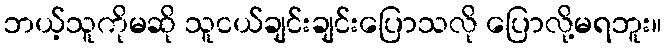
ဘယ့်သူကိုမဆို သူငယ်ချင်းချင်းပြောသလို ပြောလို့မရဘူး။